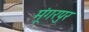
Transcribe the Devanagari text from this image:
मूंगरपुर